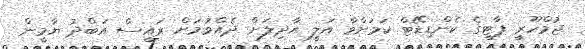
ޖުމްހޫރީ ޕާޓީގެ ކެންޑިޑޭޓް ކަމަށްވާ އަލީ އާދިލަށް ދެއްވުމަށް ރައީސް އަބްދު ޔާމީން